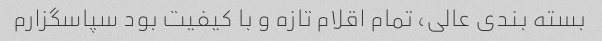
بسته بندی عالی، تمام اقلام تازه و با کیفیت بود سپاسگزارم